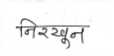
मजकूर: निरखून